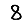
Digit: 8